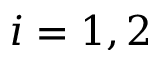
i = 1 , 2